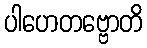
ပါဟေတဗ္ဗောတိ